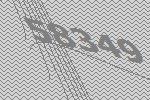
58349